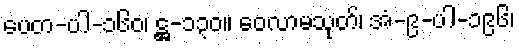
ပေတ-ပါ-၁၆၀၊ ဋ္ဌ-၁၃၀။ ဝေလာမသုတ်၊ အံ-၉-ပါ-၁၉၆၊